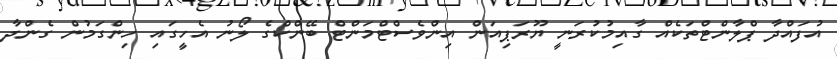
އުފައްދާ ޕްލާންޓްތަކެއް ގާއިމުކުރަނީ ޔޫރަޕިއަން އިންވެސްޓްމަންޓް ބޭންކްގެ ލޯނު އެހީގައި ހިންގަމުން ގެންދާ